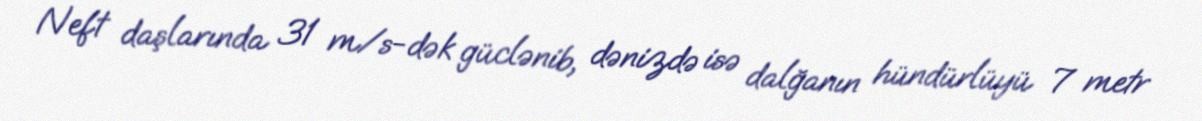
Neft daşlarında 31 m/s-dək güclənib, dənizdə isə dalğanın hündürlüyü 7 metr